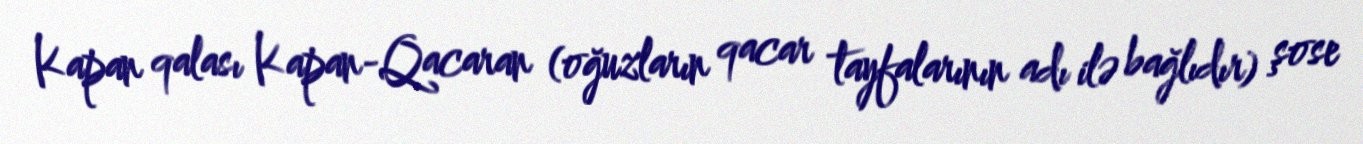
Kapan qalası Kapan-Qacaran (oğuzların qacar tayfalarının adı ilə bağlıdır) şose